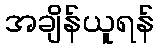
အချိန်ယူရန်